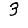
Digit: 3